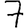
Digit: 7